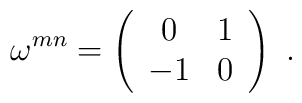
\omega^{mn}=\left( \begin{array}{cc}                 0  & 1\\                -1 & 0                \end{array}                  \right)               \ .